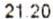
21.20